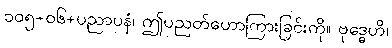
၁၀၅+၀၆+ပညာပနံ၊ ဤပညတ်ဟောကြားခြင်းကို။ ဗုဒ္ဓေဟိ၊